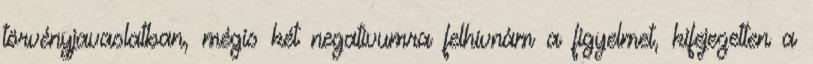
törvényjavaslatban, mégis két negatívumra felhívnám a figyelmet, kifejezetten a